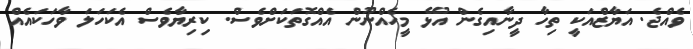
ވެއްޖެ. އަޔާޒްއަކީ ތިހާ ދީނާއިގެން އުޅޭ މީހެއްނޫން އެއްގޮތަކަށްވެސް. ކިރިޔާވެސް އެކަހަލަ ވާހަކައެއް